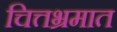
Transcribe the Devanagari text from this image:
चित्तभ्रमात